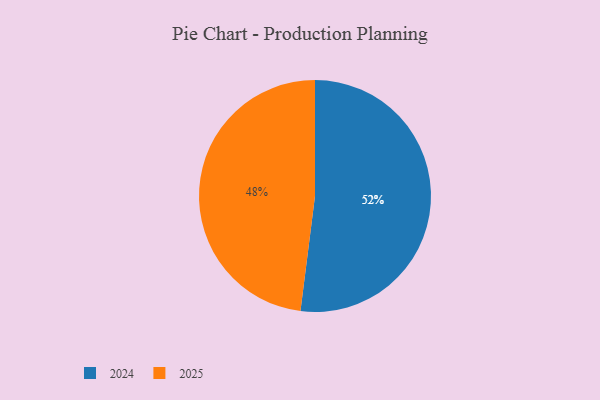
{"axis": {"x": "Category", "y": "Percentage"}, "legend": ["2024", "2025"], "data": [{"x": "2024", "y": 52, "type": "2024"}, {"x": "2025", "y": 48, "type": "2025"}]}